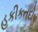
હકીકતદોષ